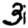
Digit: 3